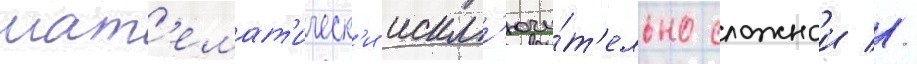
мат'емат'ическ'и искл'ючи́т'ельно сложнои //